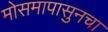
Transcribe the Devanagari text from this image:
मोसमापासुनचा